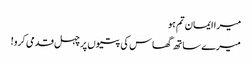
میرا ایمان تم ہو
میرے ساتھ گھاس کی پتیوں پر چہل قدمی کرو!